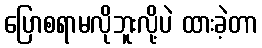
ပြောစရာမလိုဘူးလို့ပဲ ထားခဲ့တာ